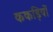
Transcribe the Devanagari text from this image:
ककड़ियों